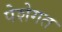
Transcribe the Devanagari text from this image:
पेशेगत